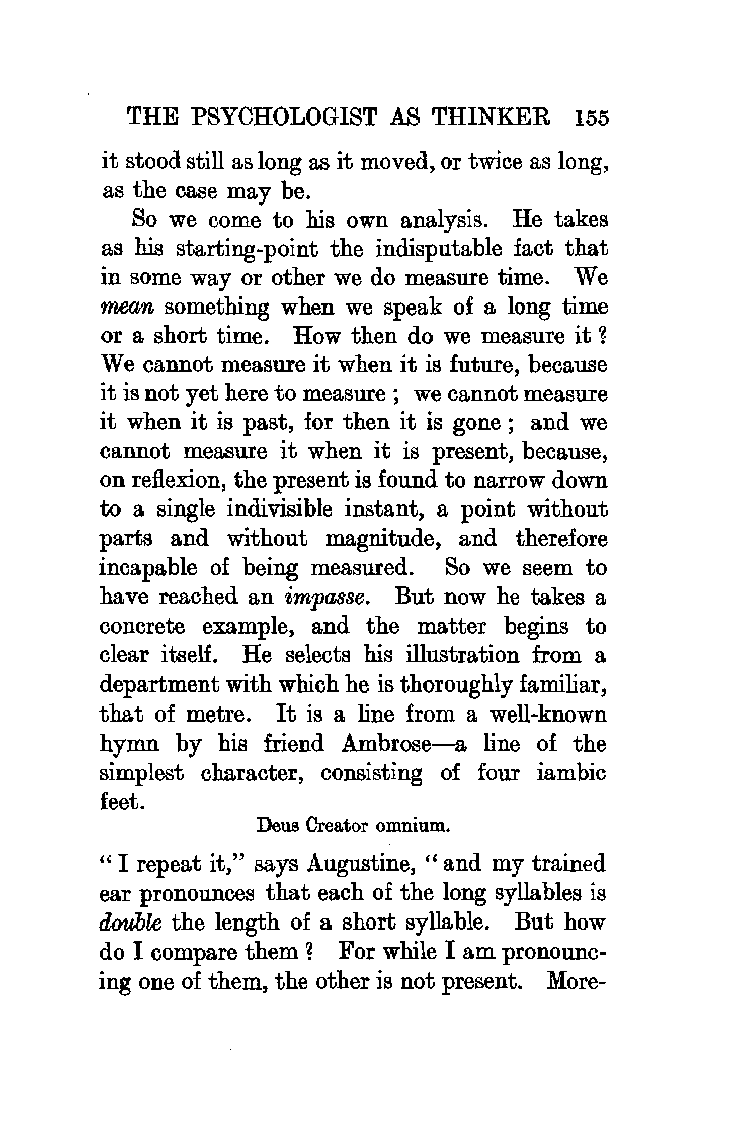
THE PSYCHOLOGIST AS THINKER  155
 it stood still as long as it moved, or twice as long,
 as the case may be.
 So we come to his own analysis. He takes
 as his starting-point the indisputable fact that
 in some way or other we do measure time. We
 mean something when we speak of a long time
 or a short time. How then do we measure it 1
 We cannot measure it when it is future, because
 it is not yet here to measure; we cannot measure
 it when it is past, for then it is gone ; and we
 cannot measure it when it is present, because,
 on refl.exion, the present is found to narrow down
 to a single indivisible instant, a point without
 parts and without magnitude, and therefore
 incapable of being measured. So we seem to
 have reached an impasse. But now he takes a
 concrete example, and the matter begins to
 clear itself. He selects his illustration from a
 department with which he is thoroughly familiar,
 that of metre. It is a line from a well-known
 hymn by bis friend Ambrose-a line of the
 simplest character, consisting of four iambic
 feet.
 Deus Creator omnium.
 " I repeat it," says Augustine, " and my trained
 ear pronounces that each of the long syllables is
 double the length of a short syllable. But how
 do I compare them 1 For while I am pronounc
 ing one of them, the other is not present. More-